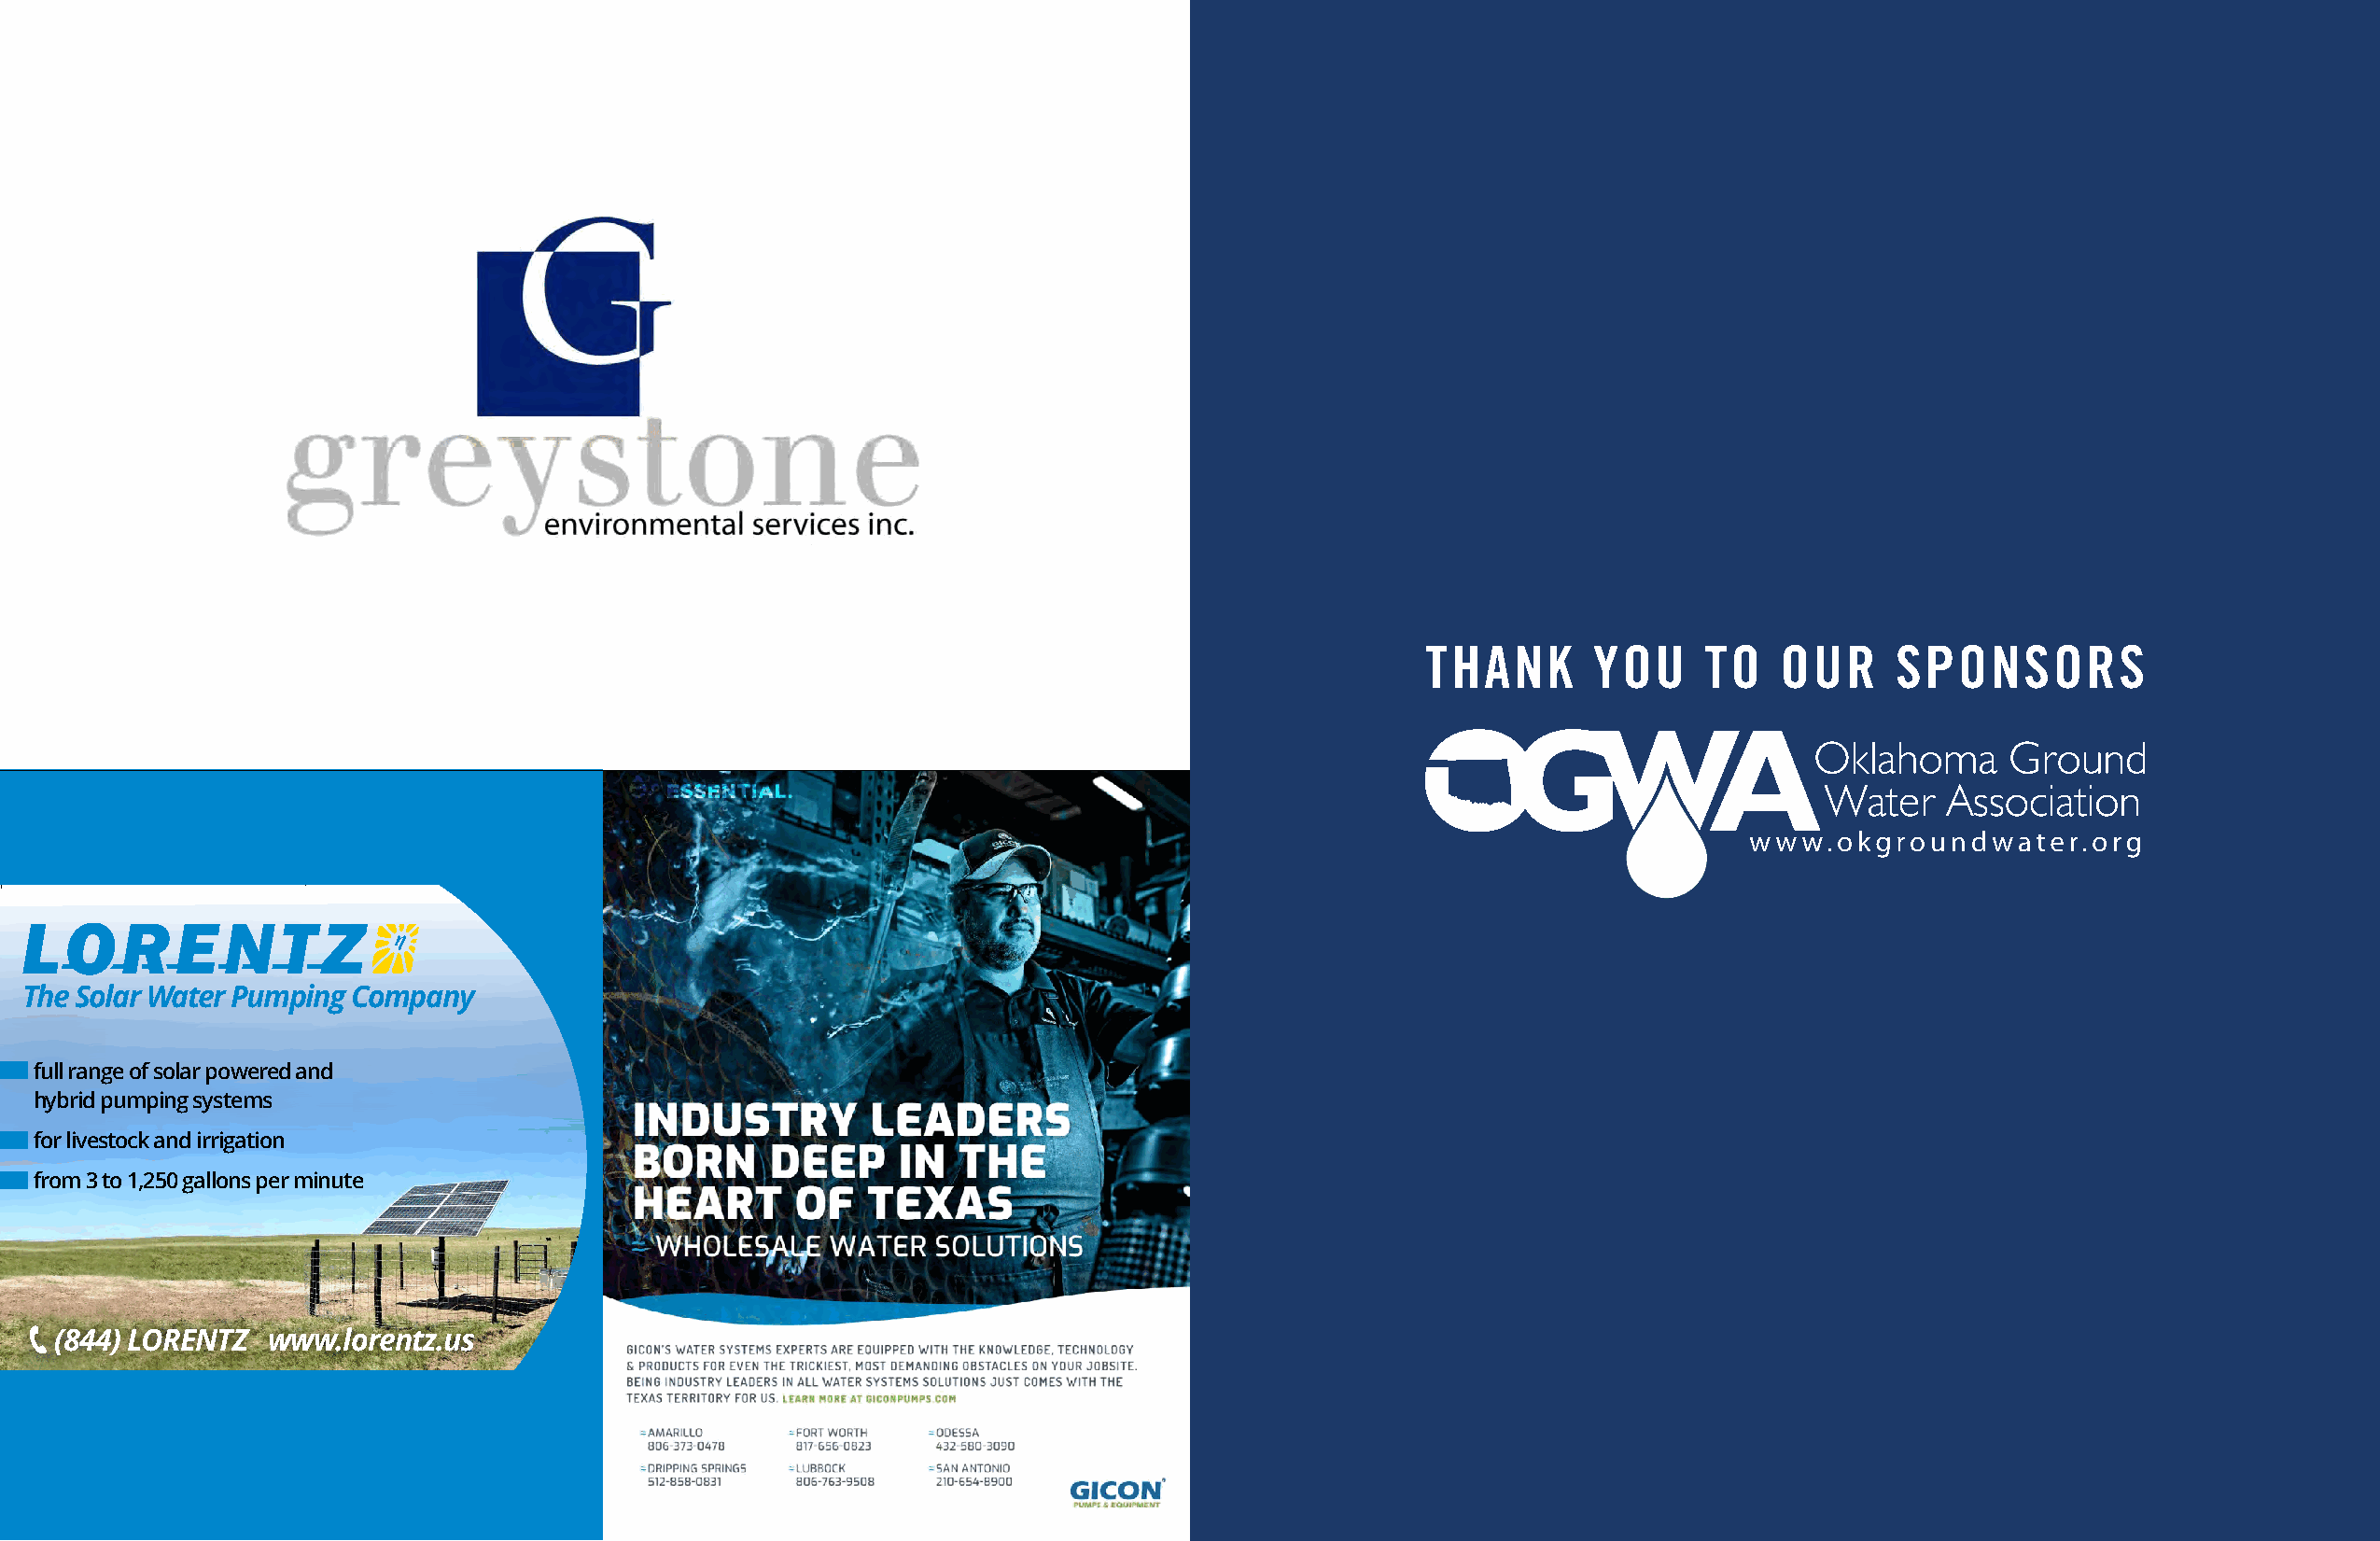
THANK       YOU     TO   OUR     SPONSORS
 TThhee S Soolalarr W Waatteerr P Puummppiningg C Coommppaannyy
 fufulll lr raannggee o of fs soolalarr p poowweerreedd a anndd
 hhyybbrridid p puummppiningg s syysstetemmss
 foforr l ilviveesstotocckk a anndd i rirrrigigaatitoionn
 frfroomm 3 3 t oto 1 1,2,25500 g gaalllolonnss p peerr m mininuutete
 The Solar Water Pumping Company
  ( (884444)) L LOORREENNTTZZ w wwwww.l.olorreennttzz.u.uss
 LOLRO_RU_SUASdA2d021071_74_.642.652x53x.53_.52_021071.077.0.076.0.i6n.idndd d 1 1 060.067.0.270.21071 7 1 1 1:313:3:135:15
 13
 full range of solar powered and
 hybrid pumping systems
 for livestock and irrigation
 from 3 to 1,250 gallons per minute
 (844) LORENTZ www.lorentz.us
 
 LOR_USAd2017_4.625x3.5_2017.07.06.indd 1 06.07.2017 11:33:15